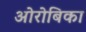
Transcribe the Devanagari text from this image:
ओरोबिका